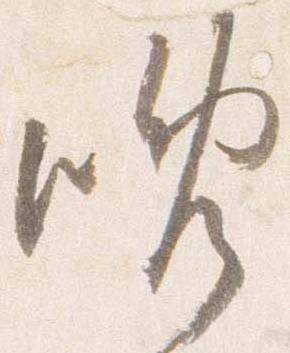
晩